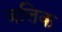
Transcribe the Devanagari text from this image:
बत्तिक